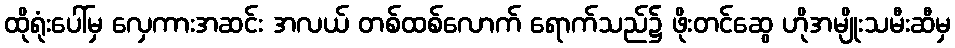
ထိုရုံးပေါ်မှ လှေကားအဆင်း အလယ် တစ်ထစ်လောက် ရောက်သည်၌ ဖိုးတင်ဆွေ ဟိုအမျိုးသမီးဆီမှ